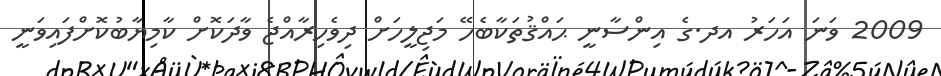
2009 ވަނަ އަހަރު އދ.ގެ އިންސާނީ ޙައްޤުތަކާބެހޭ މަޖިލީހަށް ދިވެހިރާއްޖެ ވާދަކޮށް ކާމިޔާބުކޮށްފައިވަނީ